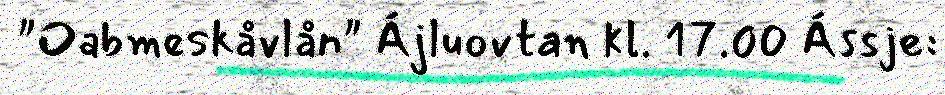
"Oabmeskåvlån" Ájluovtan kl. 17.00 Ássje: